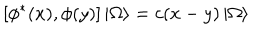
\left[ \phi ^ { \ast } ( x ) , \phi ( y ) \right] \left| \Omega \right\rangle = c ( x - y ) \left| \Omega \right\rangle